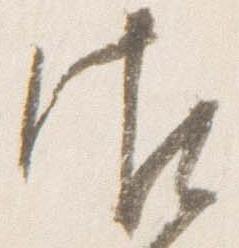
御